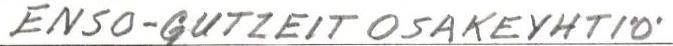
ENSO-GUTZEIT OSAKEYHTIÖ